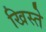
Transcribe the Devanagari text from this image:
खिस्ते